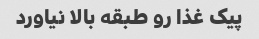
پیک غذا رو طبقه بالا نیاورد